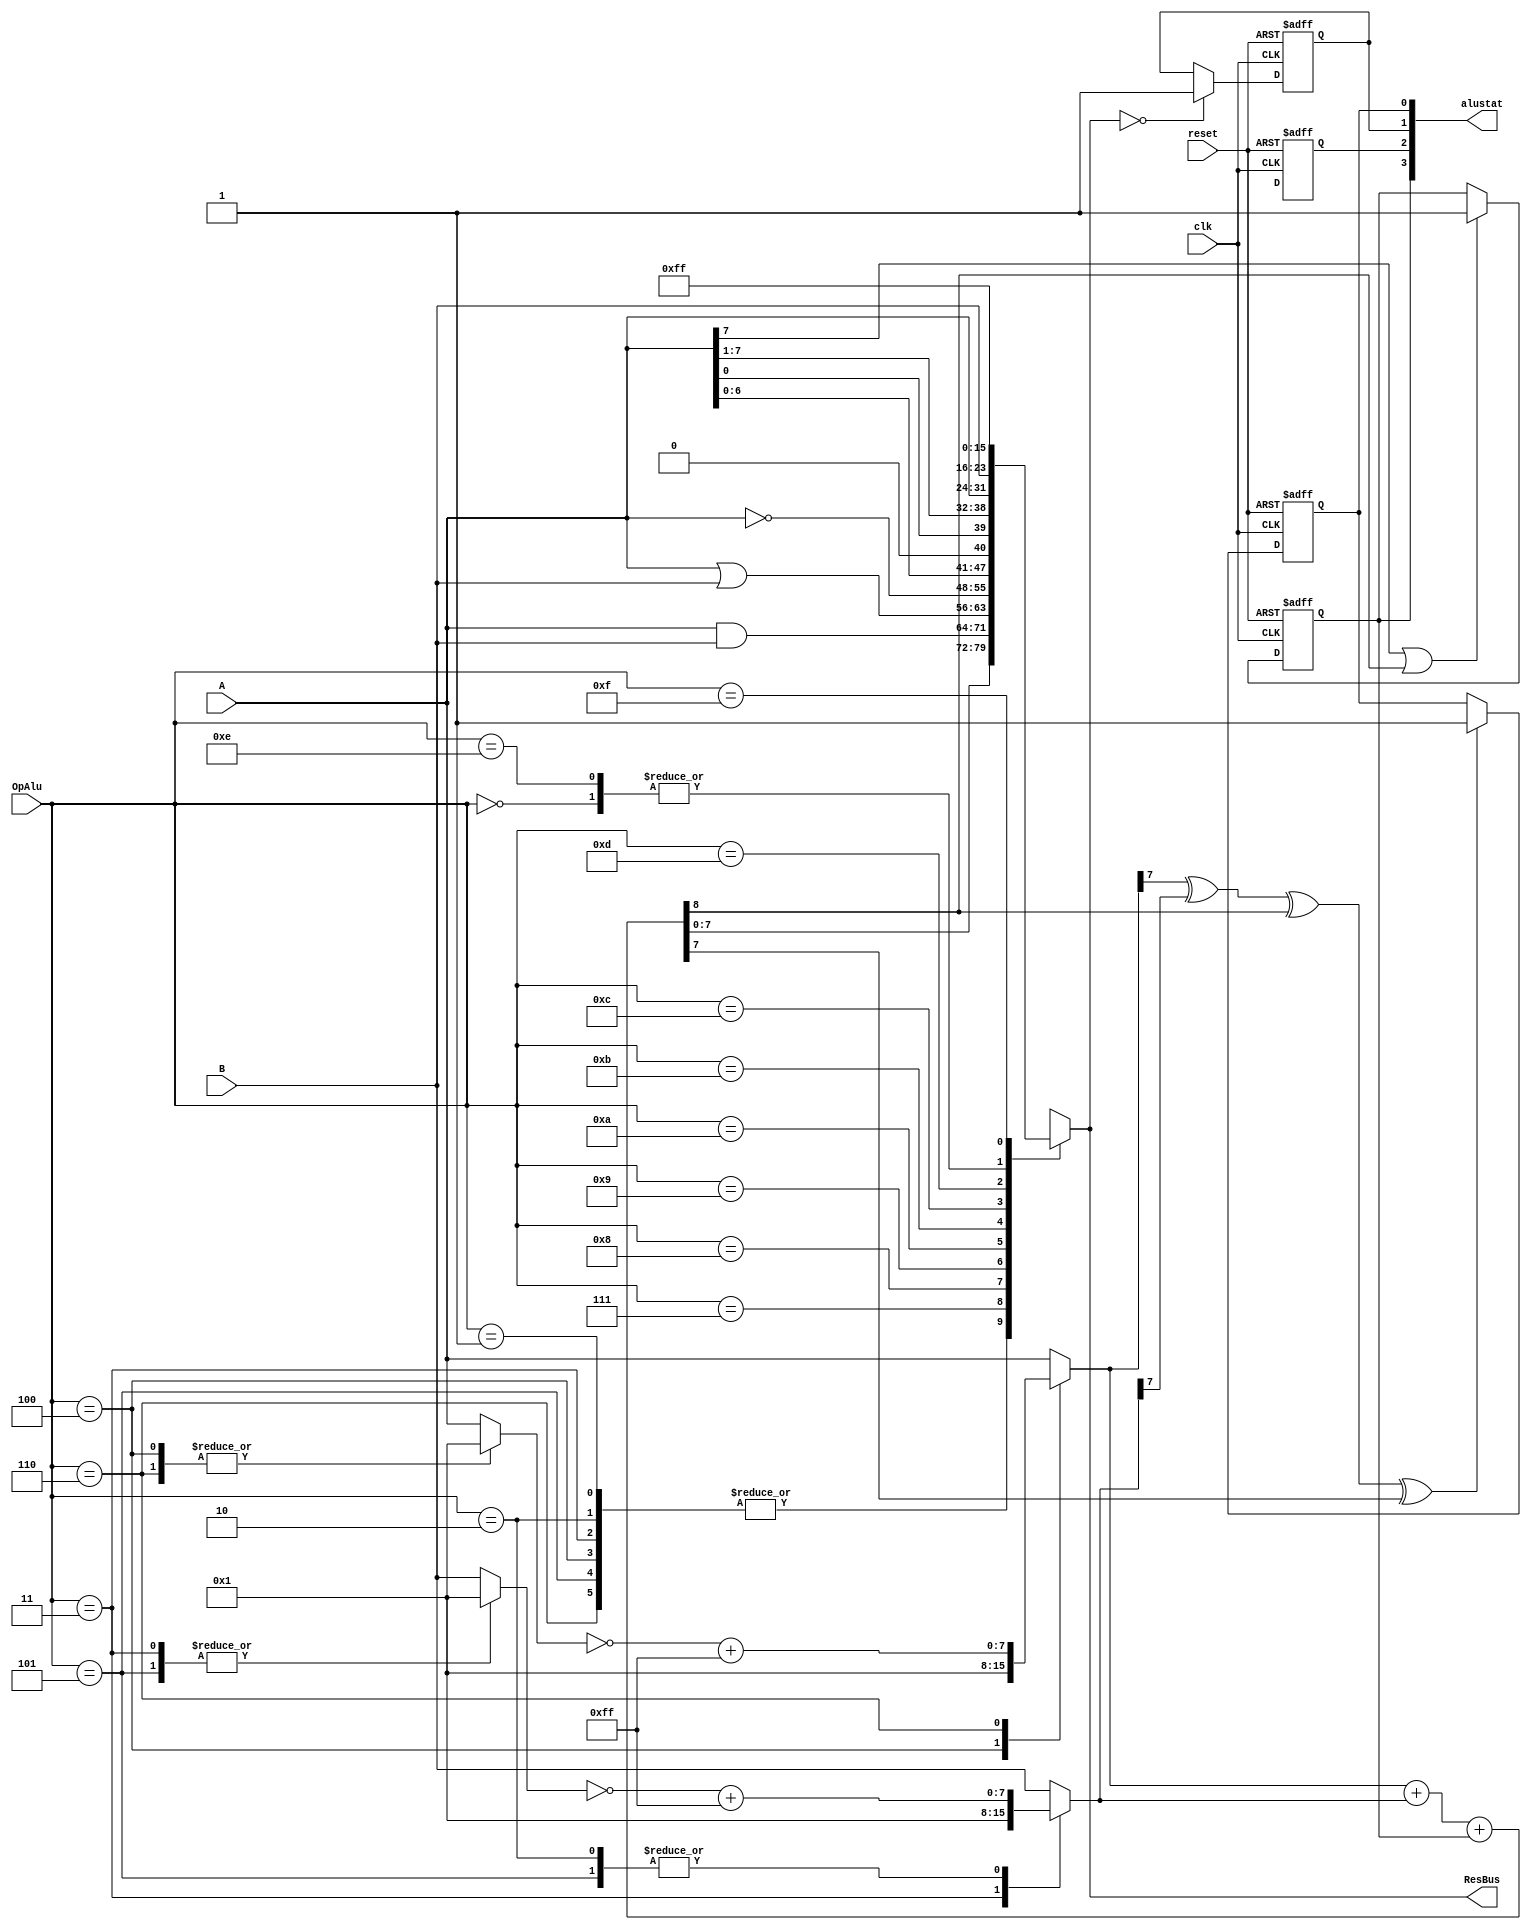
/*Designer : Arunkumar V 
This is the alu unit for the 8 bit microprocessor.
The design is based on the alu architecture explained
in coursera course by Lluis Teres Instituto de Microelectrnica de Barcelona, IMB-CNM (CSIC)
Universitat Autnoma de Barcelona (UAB)
*/
//`include "timescale.vh"
module alu 
#(
parameter m = 8,
parameter Noop	=	4'd0,
parameter Addr	=	4'd1,
parameter Subt	=	4'd2,
parameter IncL	=	4'd3,
parameter IncR	=	4'd4,
parameter DecL	=	4'd5,
parameter DecR	=	4'd6,
parameter lAnd	=	4'd7,
parameter lOr	=	4'd8,
parameter lNot	=	4'd9,
parameter ShtL	=	4'd10,
parameter RotR	=	4'd11,
parameter GoL	=	4'd12,
parameter GoR	=	4'd13,
parameter Out0	=	4'd14,
parameter Out1	=	4'd15
)
(
input	[3:0]	OpAlu,
input	[m-1:0] A,
input clk,reset,
input	[m-1:0] B,
output  [m-1:0] ResBus,
output  [3:0]   alustat

);

//FLAG REGISTERS
reg C_flag,Z_flag,O_flag,N_flag;

wire Csh; // shift carry

wire [m-1:0]	Noop_signal;
wire [m-1:0]	Addr_signal;
wire [m-1:0]	Subt_signal;
wire [m-1:0]	IncL_signal;
wire [m-1:0]	IncR_signal;
wire [m-1:0]	DecL_signal;
wire [m-1:0]	DecR_signal;
wire [m-1:0]	lAnd_signal;
wire [m-1:0]	lOr_signal;
wire [m-1:0]	lNot_signal;
wire [m-1:0]	ShtL_signal;
wire [m-1:0]	RotR_signal;
wire [m-1:0]	GoL_signal;
wire [m-1:0]	GoR_signal;
wire [m-1:0]	Out0_signal;
wire [m-1:0]	Out1_signal;

reg [m-1:0] aluout;
reg [m-1:0] addinL,addinR,A2,B2;

reg Carry_alu_out;
wire Carry_overflow_out;
reg [m-1:0] Arith_signal;

reg [m-1:0] twoscompLout,twoscompRout;
reg [m-1:0] A2_bar,B2_bar;

reg C_update_flag;
reg N_update_flag;
reg Z_update_flag;
reg O_update_flag;
//------------------------------------------------------------------------------------------
//No operations block
//------------------------------------------------------------------------------------------
assign Noop_signal 	=	{m{1'b0}};

//------------------------------------------------------------------------------------------
//Logical operation blocks
//------------------------------------------------------------------------------------------
assign lAnd_signal	=	A & B;
assign lOr_signal	= A | B;
assign lNot_signal	=	~ A;
//------------------------------------------------------------------------------------------
//Shifting Operation blocks
//------------------------------------------------------------------------------------------
// Left shift
assign ShtL_signal = A << 1;
assign Csh = A[m-1]; 			// shift carry
//Right rotate
assign RotR_signal = {A[0],A[m-1:1]};
//------------------------------------------------------------------------------------------
//Data transfer operations
//------------------------------------------------------------------------------------------
assign GoL_signal	=	A;  // A to output
assign GoR_signal	=	B;	//	B to output
assign Out0_signal	=	{m{1'b0}};  // output 0
assign Out1_signal	=	{m{1'b1}};	//	output all 1
//

//Arithmetic operations
//Logic to select operands
always@(*)
begin
//------------------------------------------------------------------------------------------
//Arithmetic block
//------------------------------------------------------------------------------------------
case(OpAlu)

			
Addr	:	begin
			B2 = B;//Addr
			A2=A;
			addinL=A2;
			addinR=B2;
			end
Subt	:	begin
			B2 = B;//Subt
			A2=A;
			addinL=A2;
			addinR=twoscompRout;
			end
IncL	:	begin
			B2 = 1;//IncL
			A2=A;
			addinL=A2;
			addinR=B2;
			end
IncR	:	begin
			B2 = B;//IncR
			A2=1;
			addinL=A2;
			addinR=B2;
			end
DecL	:	begin
			B2 = 1;//DecL
			A2=A;
			addinL=A2;
			addinR=twoscompRout;
			end
DecR	:	begin
			B2 = B;//DecR
			A2=1;
			addinL=twoscompLout;
			addinR=B2;
			end
default:	begin
			B2 = B;
			A2=A;
			addinL=A2;
			addinR=B2;
			end
		
endcase


//------------------------------------------------------------------------------------------
//MULTIPLEXER BLOCK
//------------------------------------------------------------------------------------------
case(OpAlu)
Noop	:	begin
			aluout =Noop_signal;
			end
Addr,Subt,
IncL,IncR,DecL,
DecR	:	begin
			aluout=Arith_signal;
			end
/* Subt	:	begin
			aluout=Subt_signal;
			end
IncL	:	begin
			aluout=IncL_signal;
			end
IncR	:	begin
			aluout=IncR_signal;
			end
DecL	:	begin
			aluout=DecL_signal;
			end
DecR	:	begin
			aluout=DecR_signal;
			end */
lAnd	:   begin
			aluout=lAnd_signal;
			end

lOr		:   begin
			aluout=lOr_signal;
			end

lNot	:   begin	
			aluout=lNot_signal;
			end

ShtL	:   begin	
			aluout=ShtL_signal;
			end

RotR	:   begin	
			aluout=RotR_signal;
			end

GoL		:   begin
			aluout=GoL_signal;
			end

GoR		:   begin	
			aluout=GoR_signal;
            end
			
Out0	:   begin		
			aluout=Out0_signal;
            end
			
Out1	:   begin
			aluout=Out1_signal;
		    end
			
default:	begin
			aluout=Arith_signal;
			end
			
		
endcase


end
//------------------------------------------------------------------------------------------
//TWOS COMPLEMENT BLOCKS
//------------------------------------------------------------------------------------------
always@(*)
begin
A2_bar=~(A2);
B2_bar=~(B2);
twoscompLout=A2_bar+{m{1'd1}};
twoscompRout=B2_bar+{m{1'd1}};
end
//------------------------------------------------------------------------------------------
//ADDER BLOCK
//------------------------------------------------------------------------------------------
always@(*)
begin
{Carry_alu_out,Arith_signal}=addinL+addinR+C_flag;
end
//------------------------------------------------------------------------------------------
//OVERFLOW LOGIC 
//------------------------------------------------------------------------------------------
assign Carry_overflow_out=addinL[m-1] ^ addinR[m-1] ^ Carry_alu_out ^ Arith_signal[m-1];

//------------------------------------------------------------------------------------------
//FLAG CONTROL LOGIC
//------------------------------------------------------------------------------------------
always@(*)
begin
//flags updating logic

//ZERO FLAG
if(aluout==0)
Z_update_flag=1;
else
Z_update_flag=Z_flag;

//CARRY FLAG
if(Csh==1 | Carry_alu_out==1)
C_update_flag=1;
else
C_update_flag=C_flag;

//NEGATIVE FLAG

//OVERFLOW FLAG
if(Carry_overflow_out==1)
O_update_flag=1;
else
O_update_flag=O_flag;
end


//------------------------------------------------------------------------------------------
//FLAG REGISTERS
//------------------------------------------------------------------------------------------
always@(posedge clk or negedge reset)
begin
if (!(reset))
begin
C_flag <= 0;
N_flag <= 0;
Z_flag <= 0;
O_flag <= 0;
end
else
begin
C_flag <= C_update_flag;
N_flag <= N_update_flag;
Z_flag <= Z_update_flag;
O_flag <= O_update_flag;
end
end

assign ResBus=aluout;
assign alustat={C_flag,N_flag,Z_flag,O_flag};
endmodule